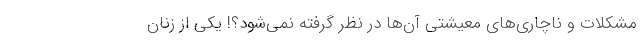
مشکلات و ناچاری‌های معیشتی آن‌ها در نظر گرفته نمی‌شود؟! یکی از زنان